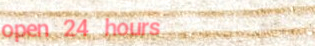
open 24 hours